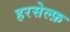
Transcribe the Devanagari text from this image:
हरसेल्फ़